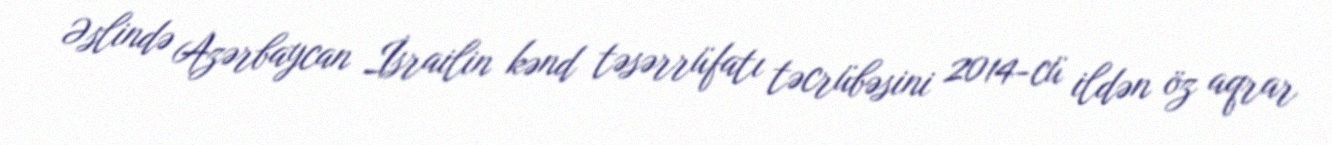
Əslində Azərbaycan İsrailin kənd təsərrüfatı təcrübəsini 2014-cü ildən öz aqrar